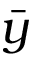
\bar { y }